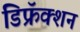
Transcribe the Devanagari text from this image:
डिफ्रॅक्शन